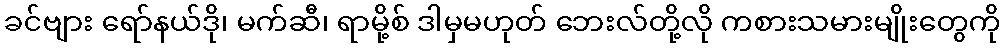
ခင်ဗျား ရော်နယ်ဒို၊ မက်ဆီ၊ ရာမို့စ် ဒါမှမဟုတ် ဘေးလ်တို့လို ကစားသမားမျိုးတွေကို